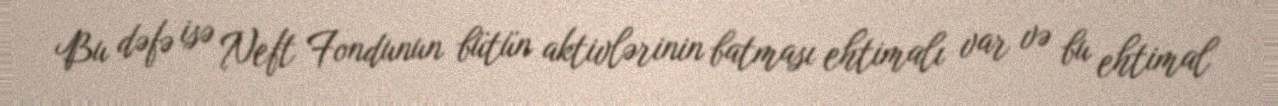
Bu dəfə isə Neft Fondunun bütün aktivlərinin batması ehtimalı var və bu ehtimal